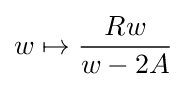
w\mapsto {\frac {Rw}{w-2A}}